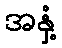
အနှံ့